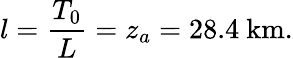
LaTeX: l={\frac{T_{0}}{L}}=z_{a}=28.4\mathrm{\ km}.